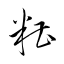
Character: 糟